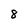
Character: 8